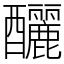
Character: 釃